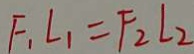
F _ { 1 } L _ { 1 } = F _ { 2 } L _ { 2 }